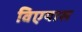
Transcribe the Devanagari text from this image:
विएयास